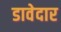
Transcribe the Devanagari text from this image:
डावेदार